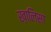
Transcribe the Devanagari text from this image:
ख़ालिसा